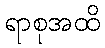
ရာစုအထိ